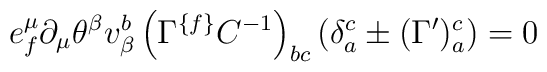
e^{\mu }_{{ f}} \partial _{\mu }\theta ^{\beta } v^{{ b}}_{\beta }\left(\Gamma ^{\{{ f\}}}C^{-{ 1}}\right)_{{ bc}}\left(\delta ^{{ c}}_{{ a}}\pm (\Gamma ^\prime )^{{ c}}_{{ a}} \right) = 0